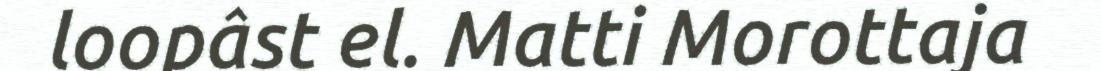
loopâst el. Matti Morottaja